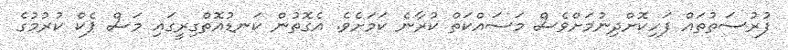
ފުރުސަތުތައް ފަހިކޮށްދިނުމަށްވެސް މަސައްކަތް ކުރާނެ ކަމަށެވެ. އެގޮތުން ކަނޑުއޮތްގިރީގަައި މަސް ޕެކް ކުރުމުގެ